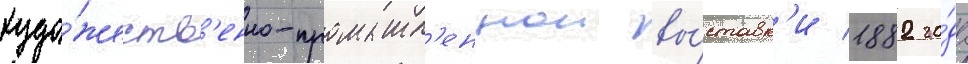
худо́жеств'енно-промышл'еннои вы́ставк'и 1882 го́да